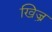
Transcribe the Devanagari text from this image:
खिज़्र